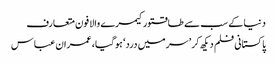
دنیا کے سب سے طاقتورکیمرے والا فون متعارف
پاکستانی فلم دیکھ کر ’سر میں درد‘ ہوگیا، عمران عباس